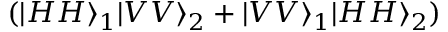
( | H H \rangle _ { 1 } | V V \rangle _ { 2 } + | V V \rangle _ { 1 } | H H \rangle _ { 2 } )